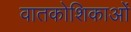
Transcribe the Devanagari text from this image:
वातकोशिकाओं